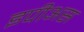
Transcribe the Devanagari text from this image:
इपीअस